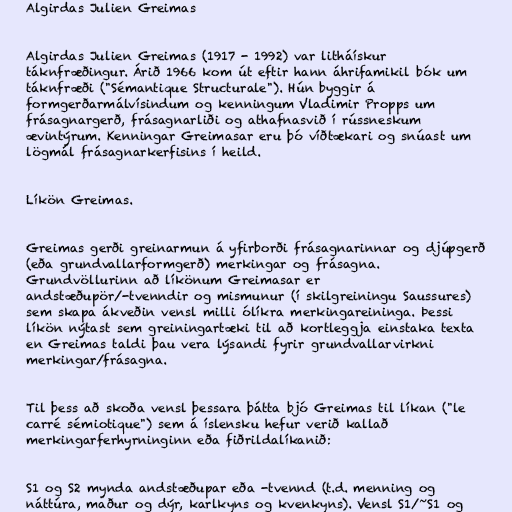
Algirdas Julien Greimas

Algirdas Julien Greimas (1917 - 1992) var litháískur
táknfræðingur. Árið 1966 kom út eftir hann áhrifamikil bók um
táknfræði ("Sémantique Structurale"). Hún byggir á
formgerðarmálvísindum og kenningum Vladimir Propps um
frásagnargerð, frásagnarliði og athafnasvið í rússneskum
ævintýrum. Kenningar Greimasar eru þó víðtækari og snúast um
lögmál frásagnarkerfisins í heild.

Líkön Greimas.

Greimas gerði greinarmun á yfirborði frásagnarinnar og djúpgerð
(eða grundvallarformgerð) merkingar og frásagna.
Grundvöllurinn að líkönum Greimasar er
andstæðupör/-tvenndir og mismunur (í skilgreiningu Saussures)
sem skapa ákveðin vensl milli ólíkra merkingareininga. Þessi
líkön nýtast sem greiningartæki til að kortleggja einstaka texta
en Greimas taldi þau vera lýsandi fyrir grundvallarvirkni
merkingar/frásagna.

Til þess að skoða vensl þessara þátta bjó Greimas til líkan ("le
carré sémiotique") sem á íslensku hefur verið kallað
merkingarferhyrninginn eða fiðrildalíkanið:

S1 og S2 mynda andstæðupar eða -tvennd (t.d. menning og
náttúra, maður og dýr, karlkyns og kvenkyns). Vensl S1/~S1 og